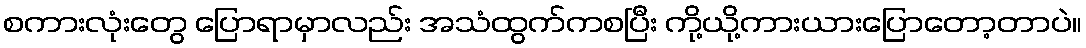
စကားလုံးတွေ ပြောရာမှာလည်း အသံထွက်ကစပြီး ကို့ယို့ကားယားပြောတော့တာပဲ။